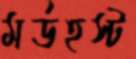
মর্ডহস্ট